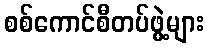
စစ်ကောင်စီတပ်ဖွဲ့များ